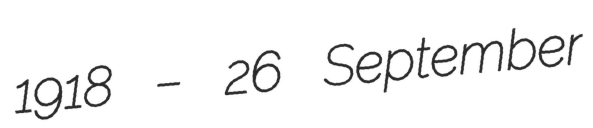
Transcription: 1918 – 26 September